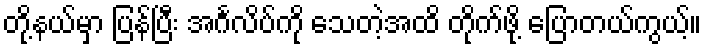
တို့နယ်မှာ ပြန်ပြီး အင်္ဂလိပ်ကို သေတဲ့အထိ တိုက်ဖို့ ပြောတယ်ကွယ့်။